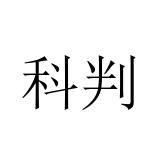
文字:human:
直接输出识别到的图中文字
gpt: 科判